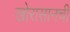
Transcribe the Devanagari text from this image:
खोरासानची